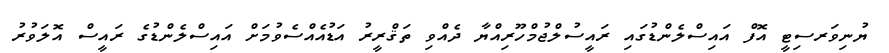
ޔުނިވަރސިޓީ އޮފް އައިސްލެންޑުގައި ރައީސުލްޖުމްހޫރިއްޔާ ދެއްވި ތަޤްރީރު އަޑުއެއްސެވުމަށް އައިސްލެންޑުގެ ރައީސް އޮލަވުރު